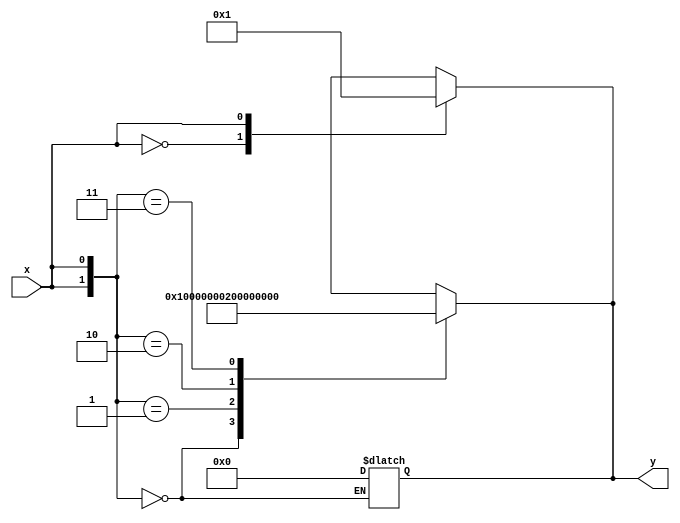
module top (
    input wire signed x,
    output reg [31:0] y
);
    wire signed fail = ~x;

    always @*
        case (x)
            1'b0: y = 0;
            1'b1: y = 1;
            default: y = fail;
        endcase

    always @*
        case (x)
            2'sb00: y = 0;
            2'sb00: y = fail;
        endcase

    always @*
        case (x)
            2'sb00: y = 0;
            default: y = fail;
            2'sb01: y = 1;
            2'sb10: y = 2;
            2'sb11: y = 3;
            2'sb00: y = fail;
            2'sb01: y = fail;
            2'sb10: y = fail;
            2'sb11: y = fail;
        endcase


    always @*
        case ({x, x})
            2'b00: y = 0;
            2'b01: y = 1;
            2'b10: y = 2;
            2'b11: y = 3;
            default: y = fail;
            2'b00: y = fail;
            2'b01: y = fail;
            2'b10: y = fail;
            2'b11: y = fail;
        endcase
endmodule